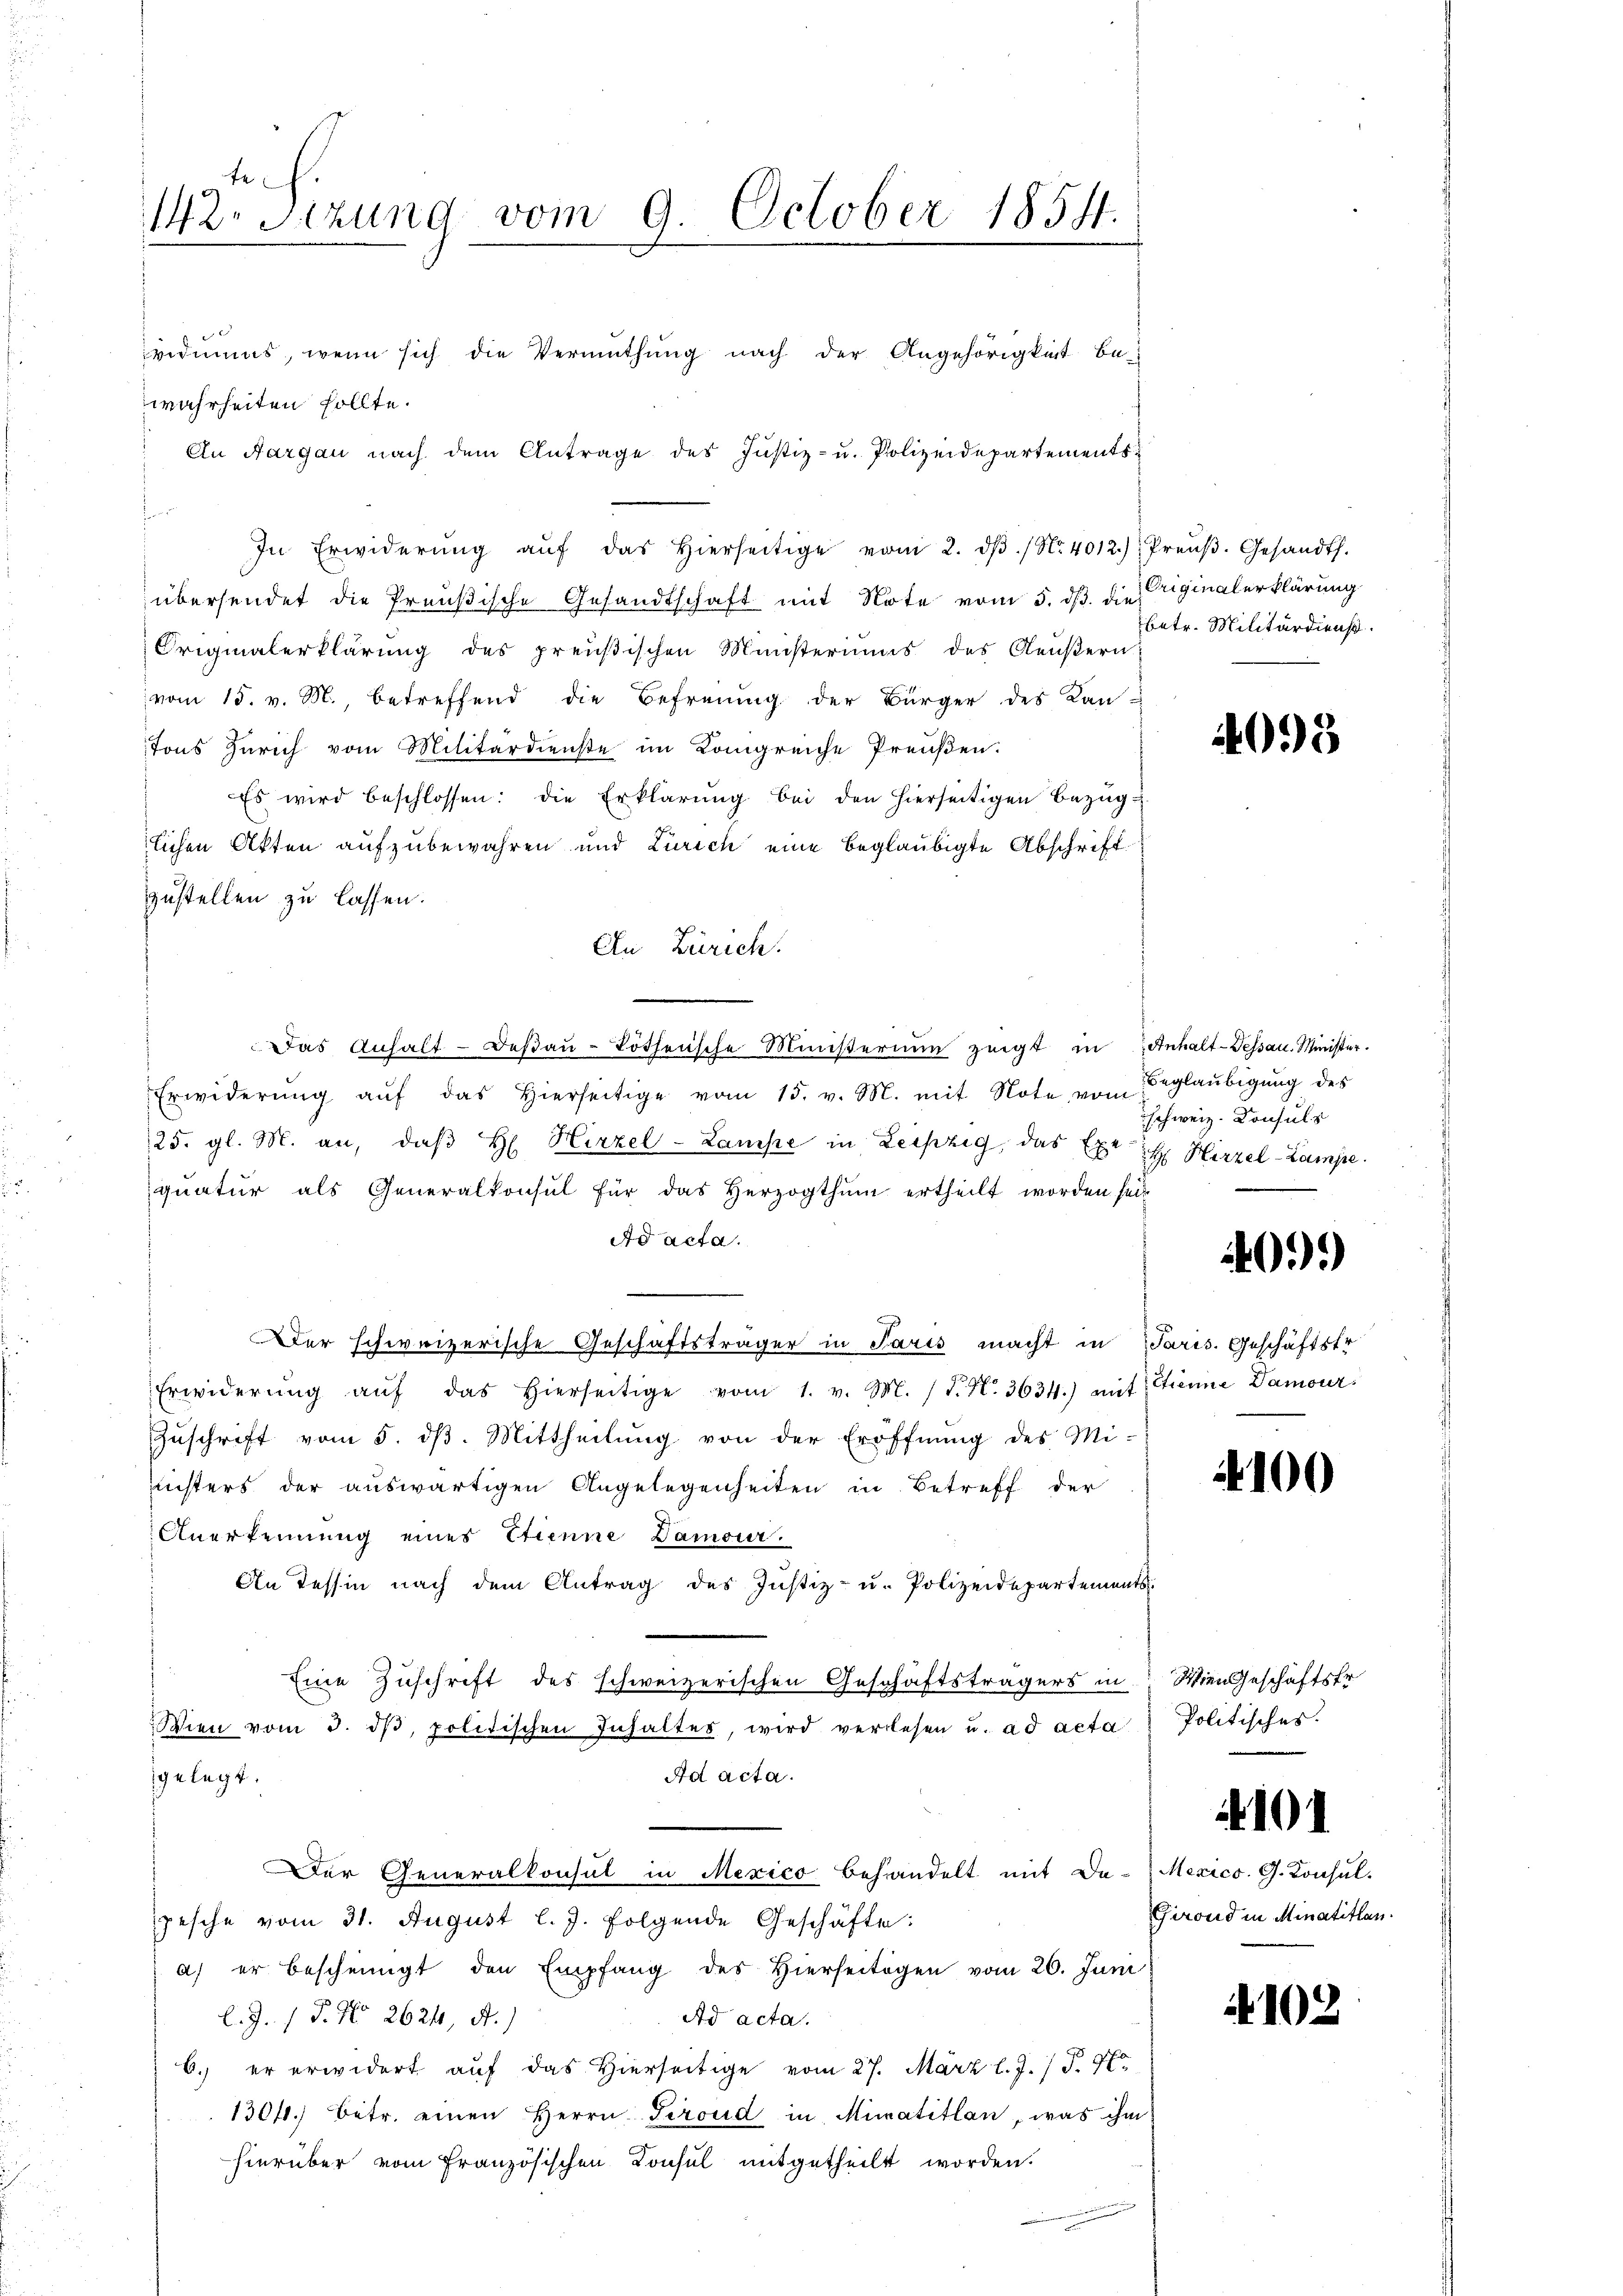
tuch.
142. Sitzung vom 9. October 1854.

f 0 x
wahrheiten sollte.
An Aargau nach dem Antrage des Justiz- u. Polizeidepartements¬
In Erwiderŭng aŭf das hierseitige vom 2. dβ. / No. 4012.) Preŭβ. Gesandth.
übersendet die Preußische Gesandtschaft mit Note vom 5. dß. die Originalerklärung
Originalerklärung des preußischen Ministeriums des Aeußern
vom 15. v. M., betreffend die Befreiung der Bürger des Kan-
tons Zürich vom Militärdienste im Kongreiche Preußen.
Es wird beschlossen: die Erklärŭng bei den hierseitigen Bezŭg
lichen Akten aufzubewahren und Zürich eine beglaubigte Abschrift
zustellen zu lassen.
An Zürich.
Das Anhalt-Deβaŭ-Töthensche Ministerium zeigt in Anhalt-Dessau. Minister.
Erwiderŭng aŭf das hierseitige vom 15. v. M. mit Note von Beglaŭbigŭng des
25. gl. M. an, daβ H Hirzel-Lampe in Leipzig, das Exe H. Hirzel-Lampe
quatur als Generalkonsul für das Herzogthum ertheilt worden seit
Ad acta.
Der schweizerische Geschäftsträger in Paris macht in Paris. Geschäftstr
Erwiderŭng aŭf das hierseitige vom 1. v. M. (T. N. 3634.) mit Etienne Damour.
Zŭschrift vom 5. dβ. Mittheilŭng von der Eröffnŭng des Mi-
Richters der auswärtigen Angelegenheiten in Betreff der
Anerkennung eines Etienne Dämour.
An Tessin nach dem Antrag des Justiz- u. Polizeidepartements.
Eine Zuschrift des schweizerischen Geschäftsträgers in
Wien vom 3. dβ, politischen Inhaltes, wird verlesen u. ad acta
gelegt.
Ad acta.
Der Generalkonsul in Mexico behandelt mit Da-Mexico. G. Konsul-
pesche vom 31. August l. J. folgende Geschäfte:
a) er bescheinigt den Empfang des Hierseitigen vom 26. Juni
Ad acta.
l. J. 1 P. No 2624, A.)
6. er erwidert auf das Hierseitige vom 27. März l. J. P. 9 Ex
1304. betr. einen Herrn Tiroud in Mimatitlan, was ihm
hierüber vom Französischen Konsul mitgetheilt worden.

ividuums, wenn sich die Vermuthung nach der Angehörigkeit be-

betr. Militärdienst.

4093

schweiz. Konsuls

409)

100

Wien Geschäftsfr.
Politisches.

Firond in Minatitlan.

101.

102